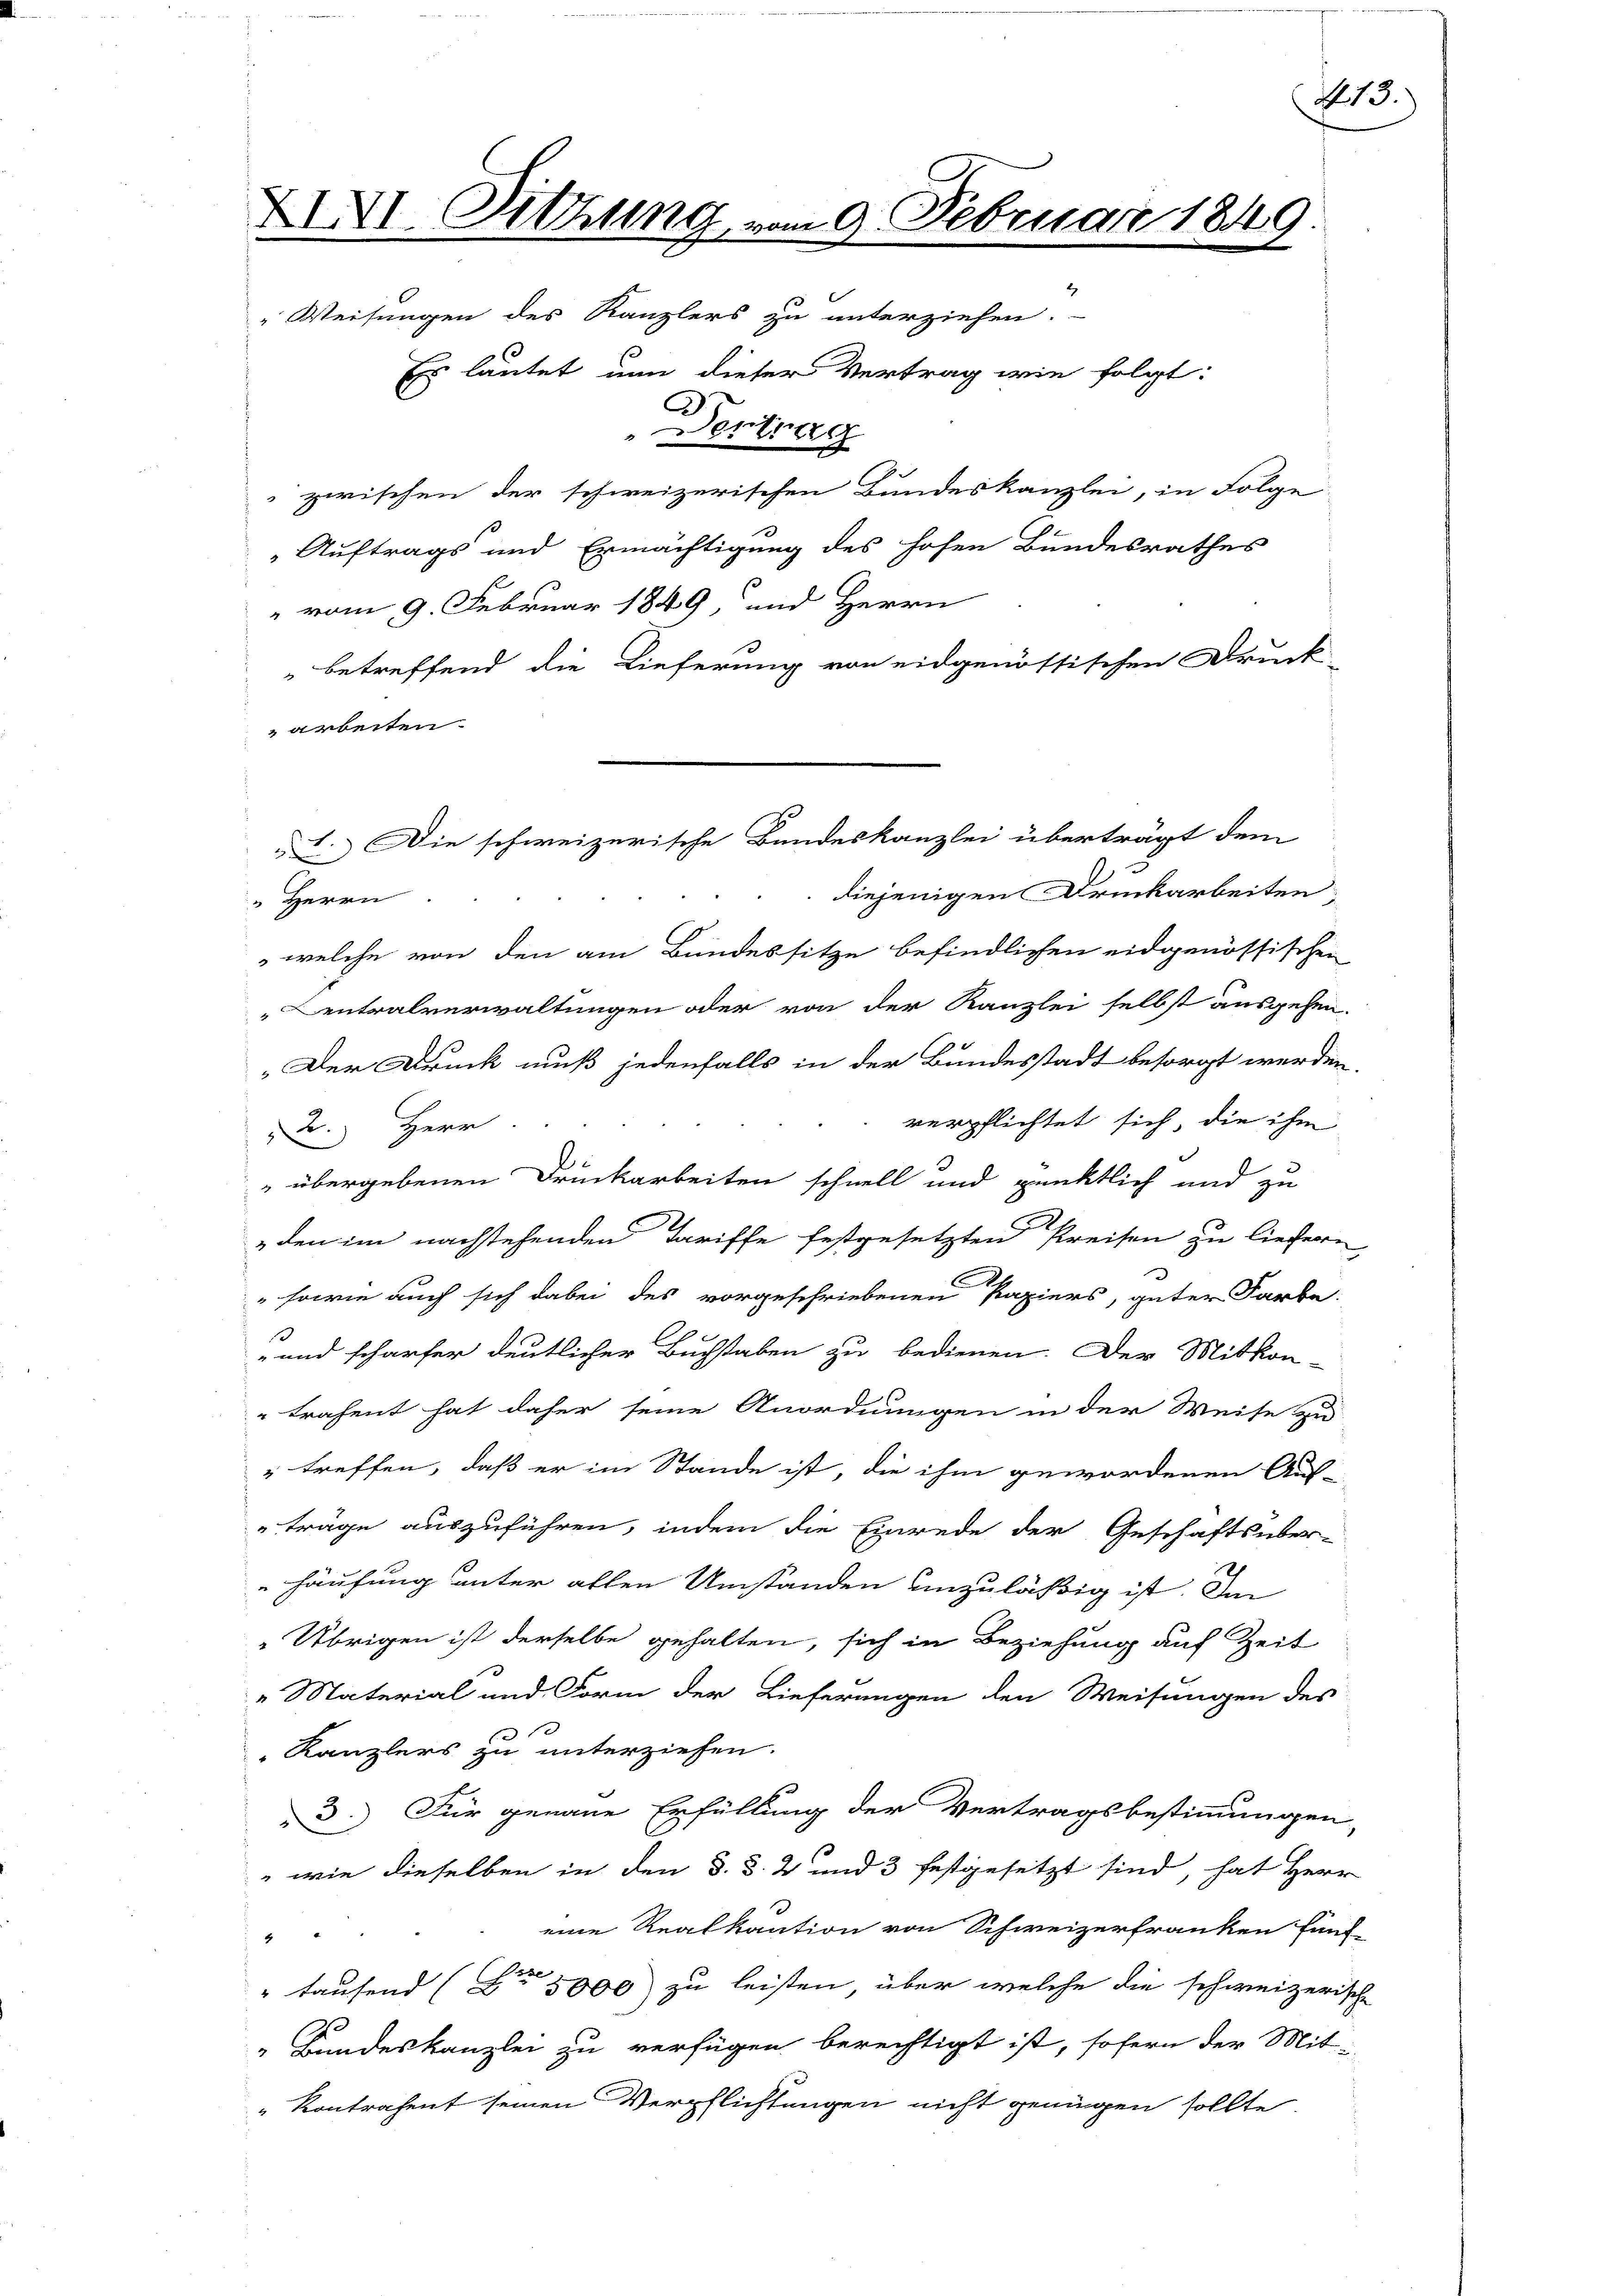
XIXI. Sitzung vom 9. Februar 1849.
Weisungen des Kanzlers zu unterziehen.

Auftrags und Ermächtigung des hohen Bundesrathes
" vom 9. Februar 1849, und Herrn
x
betreffend die Lieferung von eidgenössischen Druck-
arbeiten.
diejenigen Druckarbeiten,
" Herrn
 welche von den am Bundessitze befindlichen eidgenössischen
entralverwaltungen oder von der Kanzlei selbst ausgehen.
„Der Druck muß jedenfalls in der Bandesstadt besorgt werden
verpflichtet sich, die ihm
22. Herr
" übergebenen Druckarbeiten schnell und pünktlich und zu
 den im nachstehenden Tariffe festgesetzten Preisen zu liefern
1
" sowie auch sich dabei des vorgeschriebenen Papiers, guter Farbe
und schärfer deutlicher Buchstaben zu bedienen. Der Mitkon-
" trahent hat daher seine Anordnungen in der Weise zu
" treffen, daß er im Stande ist, die ihm gewordenen Auf-
träge auszuführen, indem die Einrede der Geschaftsüber-
Häufung unter allen Umständen unzuläßig ist. Im
"Übrigen ist derselbe gehalten, sich in Beziehung auf Zeit
"Material und Form der Lieferungen den Weisungen des
Kanzlers zu unterziehen.
3.) Für genaue Erfüllung der Vertragsbestimmungen
" wie dieselben in den 3. d. 2 und 3 festgesetzt sind, hat Her
eine Realkaution von Schweizerfranken fünf
2
" tausend (Cr 3000 zu leisten, über welche die schweizer
„Bundeskanzlei zu verfügen berechtigt ist, sofern der Mit-
Kontrahent seinen Verpflichtungen nicht genügen sollte

I. Die schweizerische Bundeskanzlei überträgt dem

Es lautet nun dieser Vertrag wie folgt:

2
Vertrag
 zwischen der schweizerischen Bundeskanzlei, in Folge

13.)

s
7
1

r
t